Indian Medical Review
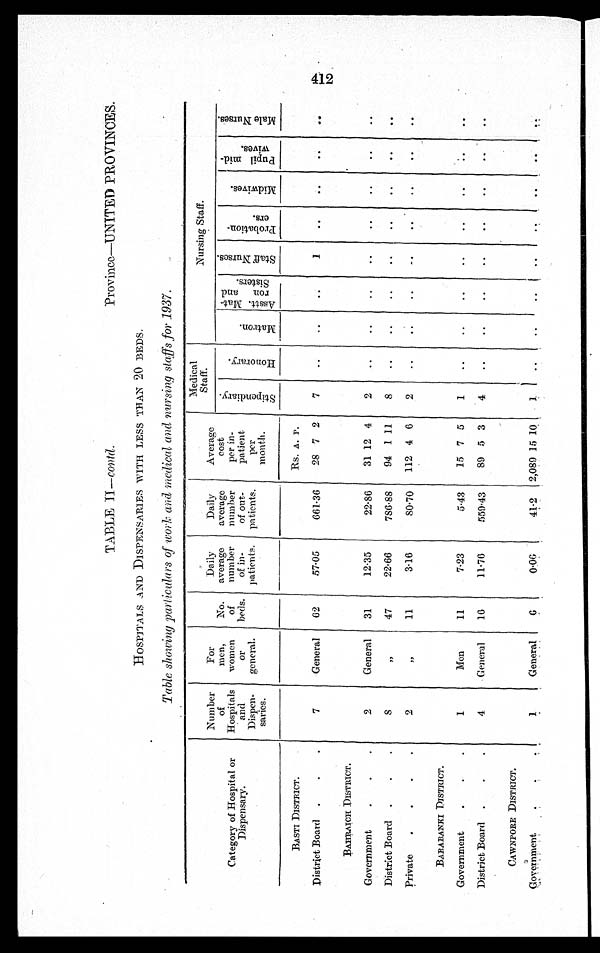
TABLE II—Contd.
Province—UNITED PROVINCES.
HOSPITALS AND DISPENSARIES WITH LESS THAN 20 BEDS.
Table showing particulars of w o r k a n d m e d i c a l a n d n u r s i n g s t a f f s f o r 1 9 3 7 .
Category of Hospital or
Dispensary.
Number
o f
Hospitals
and
Dispen - s a r i e s .
For
men,
women
or
general.
No.
of
beds.
Daily
average
number
of in-
patients.
Daily
average
number
of out-
patients.
Average
cost
per in-
patient
per
month.
Medical
Staff.
Nursing Staff.
S t i p e n d i a r y .
H o n o r a r y
M a t r o n .
A s s t . M a t - r o n a n d S i s t e r s .
S t a f f N u r s e s .
P r o b a t i o n - e r s .
M i d w i v e s .
P u p i l m i d - w i v e s .
M a l e N u r s e s .
BASTI DISTRICT.
R S .A. P.
District Board
7
General 62
57.05
661.36 28 7 2 7
1
BAHRAICH DISTRICT.
Government
2
General 31
12.35
22.86 31 12 4 2
District Board
8
" 47
22.66
786.88 94 1 11 8
Private
2
" 11
3.16
80.70 112 4 6 2
BARABANKI DISTRICT.
Government
1
Men
11
7.23
5.43 15 7 5 1
District Board
4
General 16
11.76
559.43 89 5 3 4
CAWNPORE DISTRICT.
G o v e r n m e n t
1
General
6
0.06
41.2 2,089 15 10 1